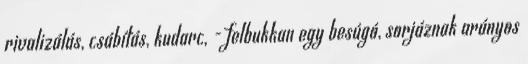
rivalizálás, csábítás, kudarc, - felbukkan egy besúgó, sorjáznak arányos